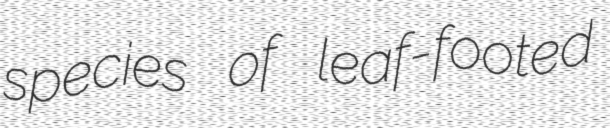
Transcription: species of leaf-footed